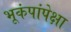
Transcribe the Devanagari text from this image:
भूकंपांपेक्षा